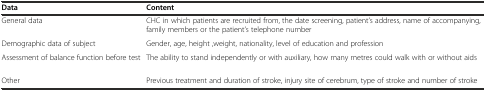
| Data | Content |
 | --- | --- |
 | General data | CHC in which patients are recruited from, the date screening, patient’s address, name of accompanying, family members or the patient’s telephone number |
 | Demographic data of subject | Gender, age, height ,weight, nationality, level of education and profession |
 | Assessment of balance function before test | The ability to stand independently or with auxiliary, how many metres could walk with or without aids |
 | Other | Previous treatment and duration of stroke, injury site of cerebrum, type of stroke and number of stroke |